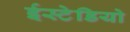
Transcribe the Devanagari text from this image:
ईस्टेडियो